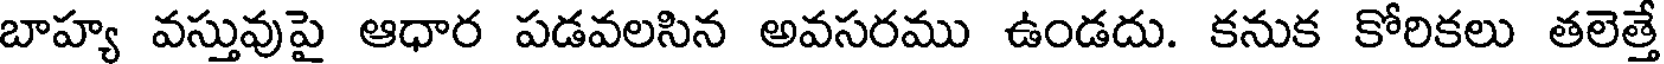
బాహ్య వస్తువుపై ఆధార పడవలసిన అవసరము ఉండదు. కనుక కోరికలు తలెత్తే